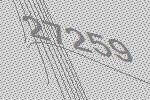
27259